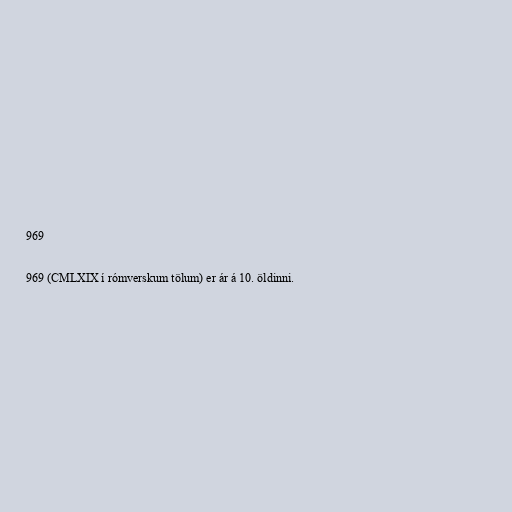
969

969 (CMLXIX í rómverskum tölum) er ár á 10. öldinni.